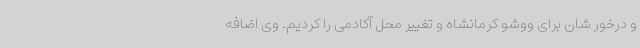
و درخور شان برای ووشو کرمانشاه و تغییر محل آکادمی را کردیم. وی اضافه